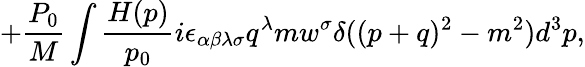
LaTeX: +\frac{P_{0}}M\int\frac{H(p)}{p_{0}}i\epsilon_{\alpha\beta\lambda\sigma}q^{\lambda}mw^{\sigma}\delta((p+q)^{2}-m^{2})d^{3}p,